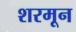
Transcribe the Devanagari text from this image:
शरमून